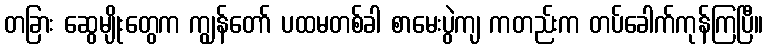
တခြား ဆွေမျိုးတွေက ကျွန်တော် ပထမတစ်ခါ စာမေးပွဲကျ ကတည်းက တပ်ခေါက်ကုန်ကြပြီ။